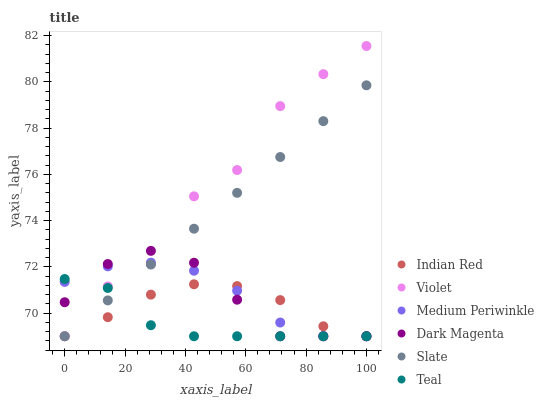
| xaxis_label | Indian Red | Violet | Medium Periwinkle | Dark Magenta | Slate | Teal |
 | --- | --- | --- | --- | --- | --- | --- |
 | 0 | 69 | 69 | 71.3 | 70.5 | 69 | 71.5 |
 | 14.3 | 69.8 | 71.2 | 72 | 72.1 | 70.5 | 71.1 |
 | 28.6 | 70.8 | 72.1 | 72.2 | 72.7 | 72.1 | 69.5 |
 | 42.9 | 71.2 | 75 | 71.8 | 72.2 | 73.6 | 69 |
 | 57.1 | 71.2 | 76.2 | 71 | 70.6 | 75.2 | 69 |
 | 71.4 | 70.6 | 79 | 69.6 | 69 | 76.7 | 69 |
 | 85.7 | 69.4 | 80.3 | 69 | 69 | 78.3 | 69 |
 | 100 | 69 | 81.5 | 69 | 69 | 79.8 | 69 |